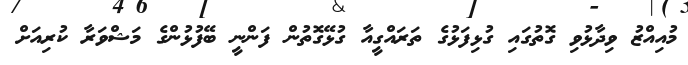
މުއިއްޒު ވިދާޅުވި ގޮތުގައި ގުޅިފަޅުގެ ތަރައްގީއާ ގުޅޭގޮތުން ފަންނީ ބޭފުޅުންގެ މަޝްވަރާ ކުރިއަށް